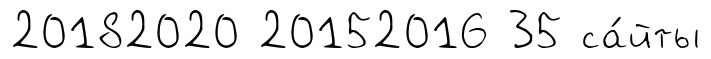
20182020 20152016 35 са́йты